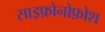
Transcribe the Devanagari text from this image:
साइफ़ोनोफ़ोश